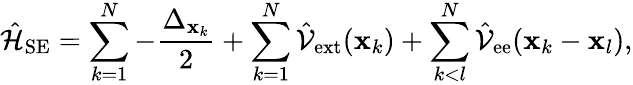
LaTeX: \hat{\mathcal{H}}_{\mathrm{SE}}=\sum_{k=1}^{N}{-\frac{\Delta_{{\mathbf x}_{k}}}{2}}+\sum_{k=1}^{N}{\hat{\mathcal{V}}_{\mathrm{ext}}({\mathbf x}_{k})}+\sum_{k<l}^{N}{\hat{\mathcal{V}}_{\mathrm{ee}}({\mathbf x}_{k}-{\mathbf x}_{l})},